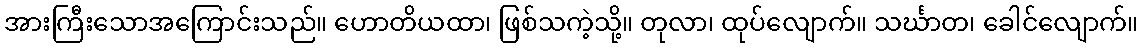
အားကြီးသောအကြောင်းသည်။ ဟောတိယထာ၊ ဖြစ်သကဲ့သို့။ တုလာ၊ ထုပ်လျောက်။ သင်္ဃာတ၊ ခေါင်လျောက်။